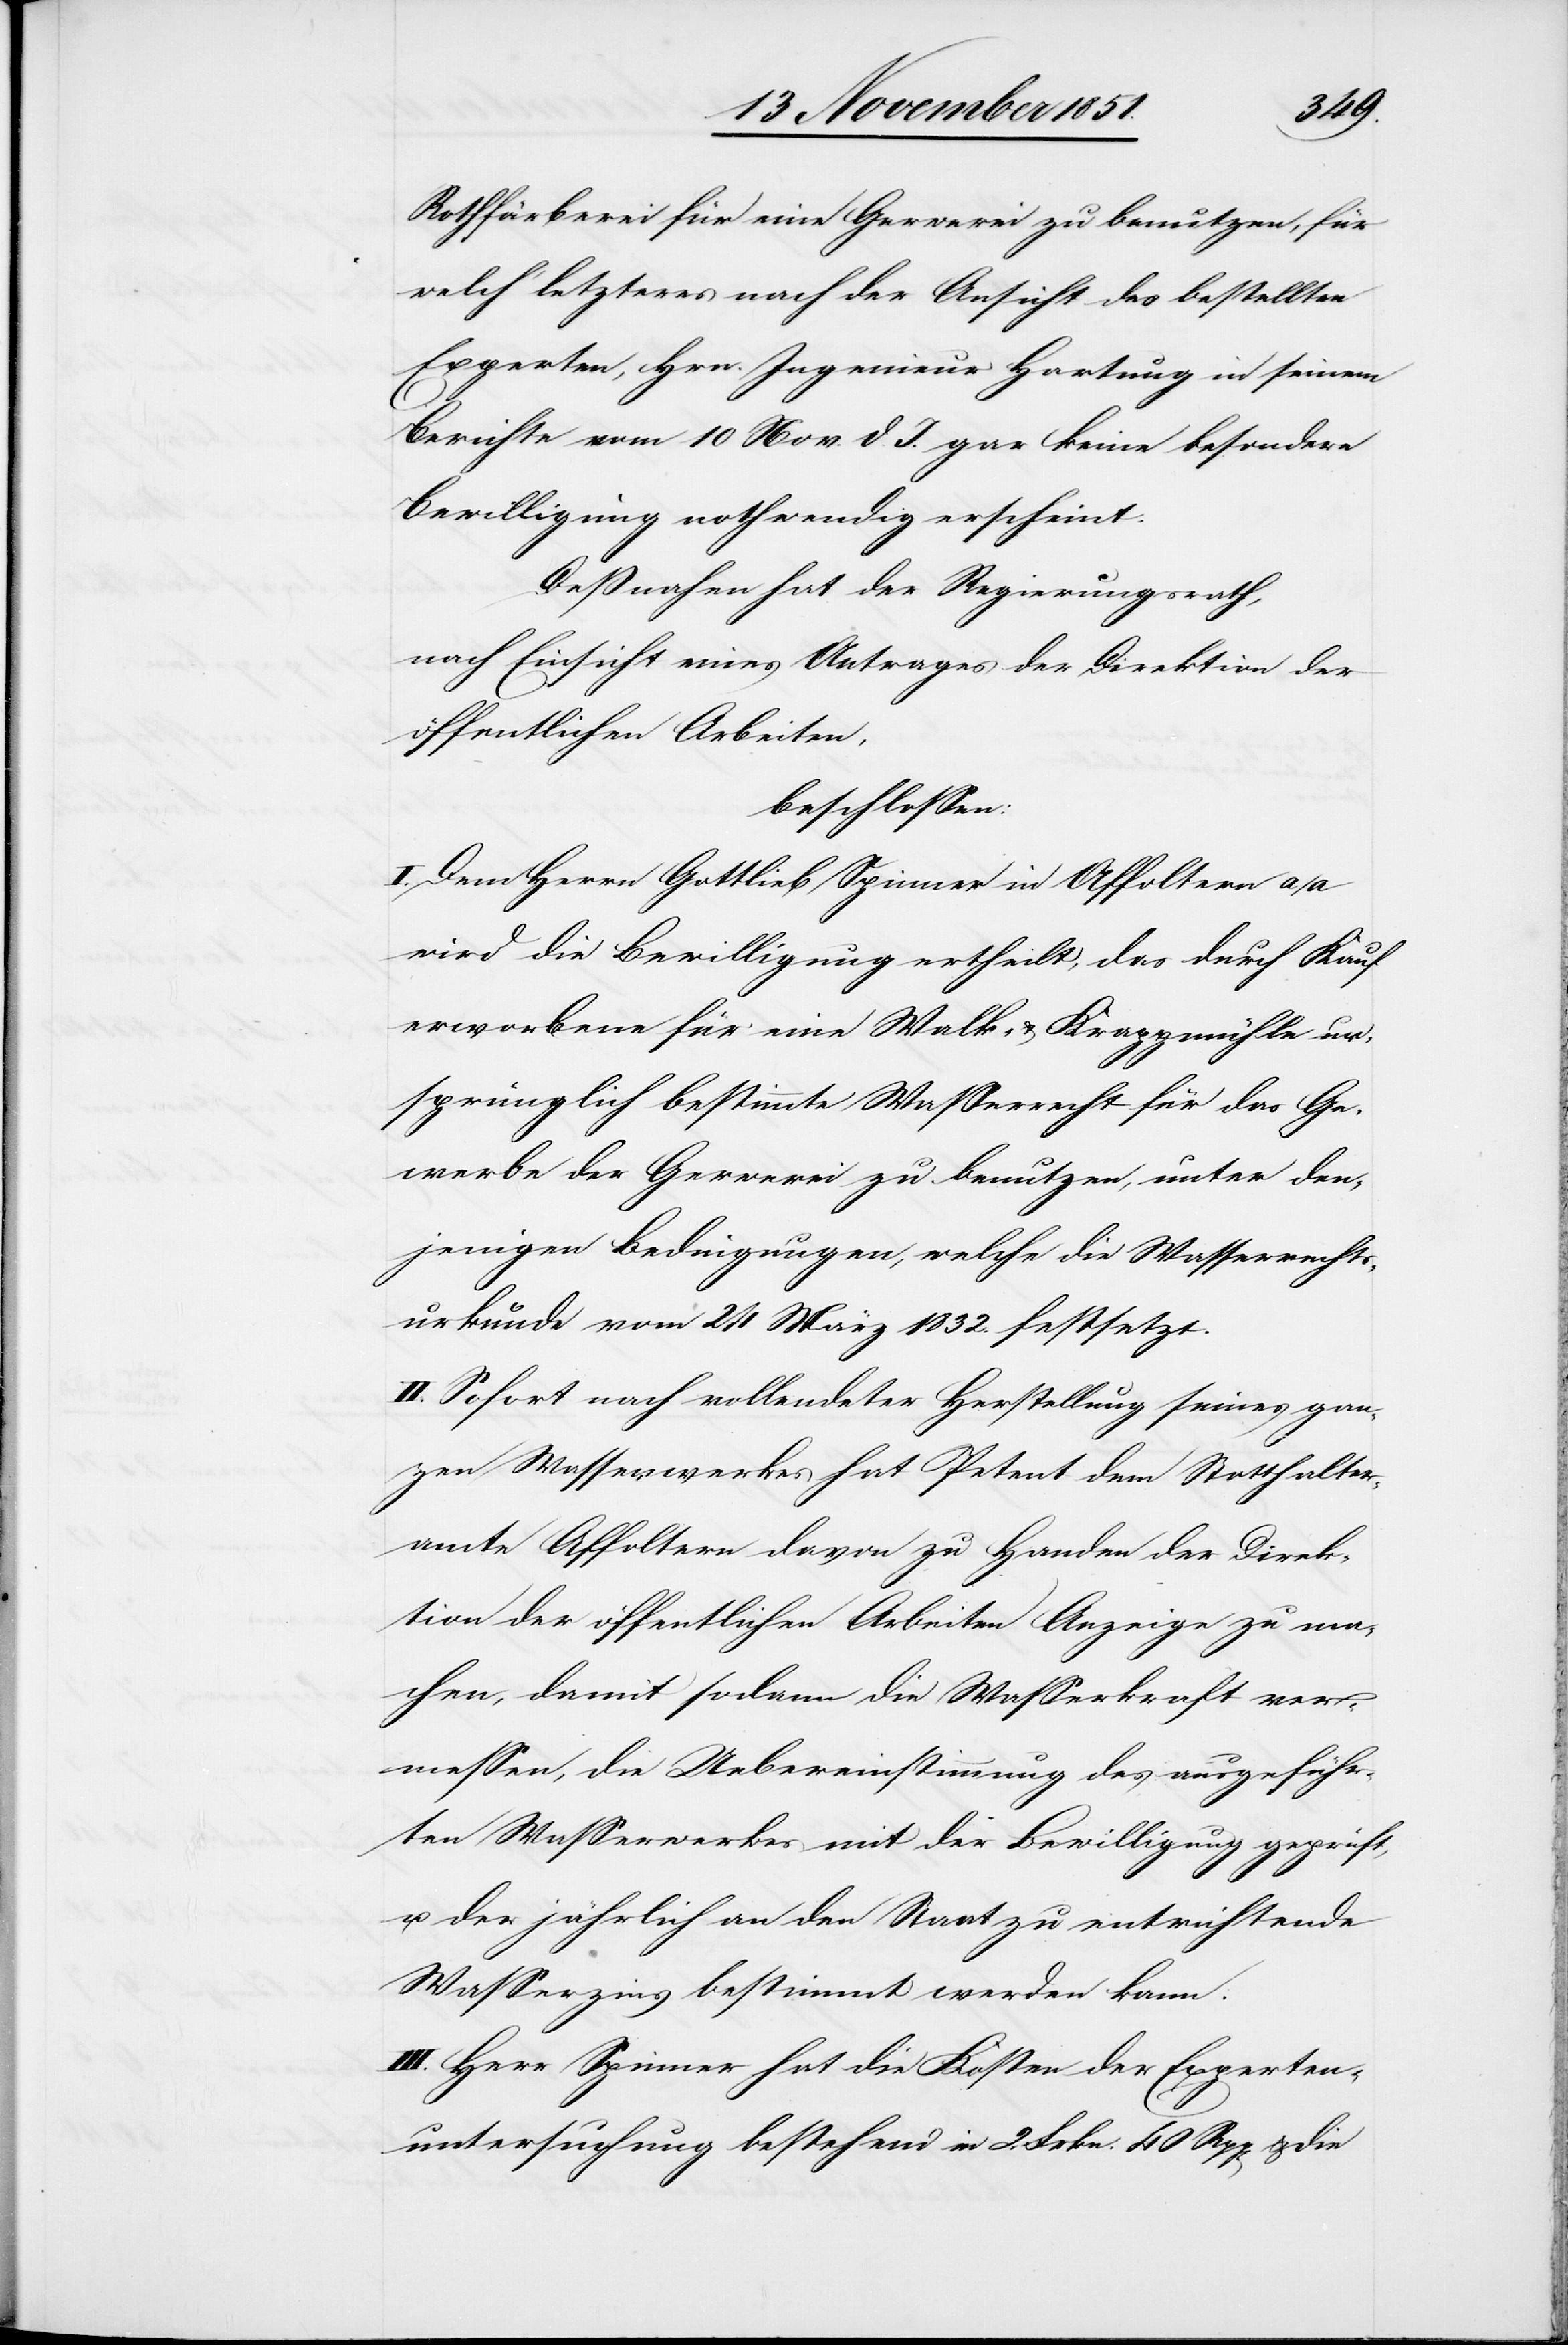
Rothfärberei für eine Gerwerei zu benutzen, für
welch‘ letzteres nach der Ansicht des bestellten
Experten, Hrn. Ingenieur Hartung in seinem
Berichte vom 10 Nov. d. J. gar keine besondere
Bewilligung nothwendig erscheint.
Deßnahen hat der Regierungsrath,
nach Einsicht eines Antrages der Direktion der
öffentlichen Arbeiten,
beschlossen:
I. Dem Herrn Gottlieb Spinner in Affoltern a/a
wird die Bewilligung ertheilt, das durch Kauf
erworbene für eine Walk- & Krappmühle ur¬
sprünglich bestimmte Wasserrecht für das Ge¬
werbe der Gerwerei zu benutzen, unter den¬
jenigen Bedingungen, welche die Wasserrechts¬
urkunde vom 24 März 1832. festsetzt.
II. Sofort nach vollendeter Herstellung seines gan¬
zen Wasserwerkes hat Petent dem Statthalter¬
amte Affoltern davon zu Handen der Direk¬
tion der öffentlichen Arbeiten Anzeige zu ma¬
chen, damit sodann die Wasserkraft ver¬
messen, die Uebereinstimmung des ausgeführ¬
ten Wasserwerkes mit der Bewilligung geprüft,
u. der jährlich an den Staat zu entrichtende
Wasserzins bestimmt werden kann.
III. Herr Spinner hat die Kosten der Experten¬
untersuchung bestehend in 2. Frkn. 40 Rpp[en] & die